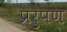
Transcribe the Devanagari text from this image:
प्ररुपण